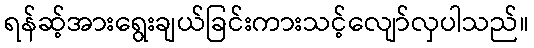
ရန်ဆ့်အားရွေးချယ်ခြင်းကားသင့်လျော်လှပါသည်။